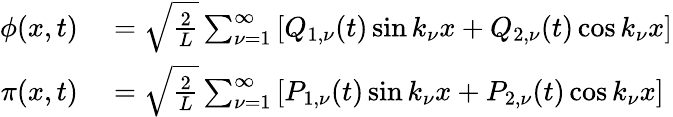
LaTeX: \begin{array}{rl}{\phi(x,t)}&{{}=\sqrt{\frac{2}{L}}\sum_{\nu=1}^{\infty}\left[Q_{1,\nu}(t)\sin k_{\nu}x+Q_{2,\nu}(t)\cos k_{\nu}x\right]}\\ {\pi(x,t)}&{{}=\sqrt{\frac{2}{L}}\sum_{\nu=1}^{\infty}\left[P_{1,\nu}(t)\sin k_{\nu}x+P_{2,\nu}(t)\cos k_{\nu}x\right]}\end{array}